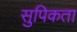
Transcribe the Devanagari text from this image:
सुपिकता